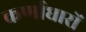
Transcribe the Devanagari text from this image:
कर्णाधारों